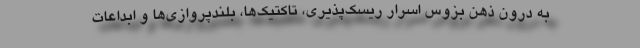
به درون ذهن بزوس اسرار ریسک‌پذیری، تاکتیک‌ها، بلندپروازی‌ها و ابداعات